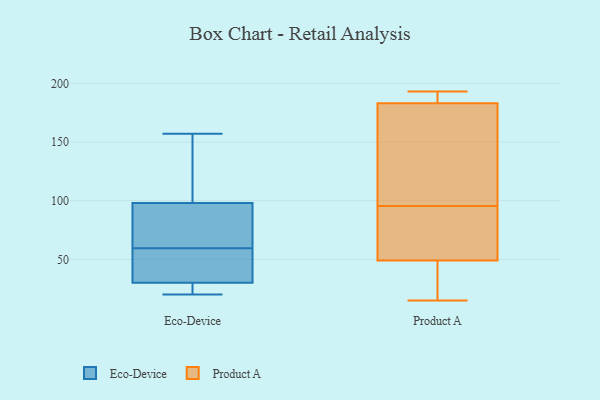
{"axis": {"x": "Production Output", "y": "Value"}, "legend": ["Eco-Device", "Product A"], "data": [{"x": "", "y": 44, "type": "Eco-Device"}, {"x": "", "y": 98, "type": "Eco-Device"}, {"x": "", "y": 90, "type": "Eco-Device"}, {"x": "", "y": 73, "type": "Eco-Device"}, {"x": "", "y": 157, "type": "Eco-Device"}, {"x": "", "y": 103, "type": "Eco-Device"}, {"x": "", "y": 28, "type": "Eco-Device"}, {"x": "", "y": 46, "type": "Eco-Device"}, {"x": "", "y": 26, "type": "Eco-Device"}, {"x": "", "y": 150, "type": "Eco-Device"}, {"x": "", "y": 41, "type": "Eco-Device"}, {"x": "", "y": 20, "type": "Eco-Device"}, {"x": "", "y": 86, "type": "Eco-Device"}, {"x": "", "y": 30, "type": "Eco-Device"}, {"x": "", "y": 67, "type": "Product A"}, {"x": "", "y": 100, "type": "Product A"}, {"x": "", "y": 20, "type": "Product A"}, {"x": "", "y": 193, "type": "Product A"}, {"x": "", "y": 149, "type": "Product A"}, {"x": "", "y": 183, "type": "Product A"}, {"x": "", "y": 15, "type": "Product A"}, {"x": "", "y": 91, "type": "Product A"}, {"x": "", "y": 188, "type": "Product A"}, {"x": "", "y": 139, "type": "Product A"}, {"x": "", "y": 82, "type": "Product A"}, {"x": "", "y": 185, "type": "Product A"}, {"x": "", "y": 49, "type": "Product A"}, {"x": "", "y": 48, "type": "Product A"}]}